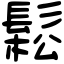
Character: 鬆